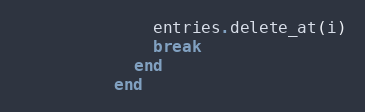
Language: Ruby
              entries.delete_at(i)
              break
            end
          end